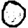
Digit: 0